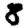
Digit: 8